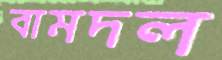
বামদল